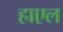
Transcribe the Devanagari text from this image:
हाएल